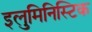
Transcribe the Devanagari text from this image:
इलुमिनिस्टिक